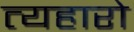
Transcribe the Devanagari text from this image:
त्यहारो